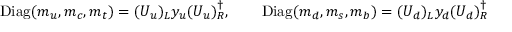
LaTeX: \mathrm { D i a g } ( m _ { u } , m _ { c } , m _ { t } ) = ( U _ { u } ) _ { L } ^ { \phantom { \dagger } } y _ { u } ( U _ { u } ) _ { R } ^ { \dagger } , \qquad \mathrm { D i a g } ( m _ { d } , m _ { s } , m _ { b } ) = ( U _ { d } ) _ { L } ^ { \phantom { \dagger } } y _ { d } ( U _ { d } ) _ { R } ^ { \dagger }